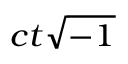
\scriptstyle { c t { \sqrt { - 1 } } }